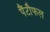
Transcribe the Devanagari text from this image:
पैंटौफल